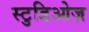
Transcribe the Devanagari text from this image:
स्टुडिओज़